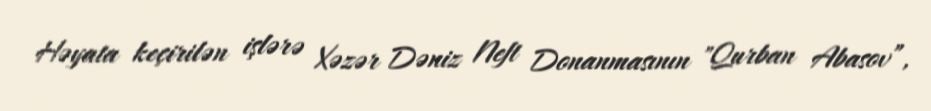
Həyata keçirilən işlərə Xəzər Dəniz Neft Donanmasının "Qurban Abasov”,